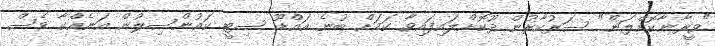
"ވީރާނާކޮށްލަން" ސަރުކާރުން ދޫކޮށްލައިފައިވާ ކަމަށް ބުނެ އައްޑޫ ސިޓީ ކައުންސިލުން އަނެއްކާ ވެސް